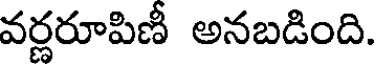
వర్ణరూపిణీ అనబడింది.